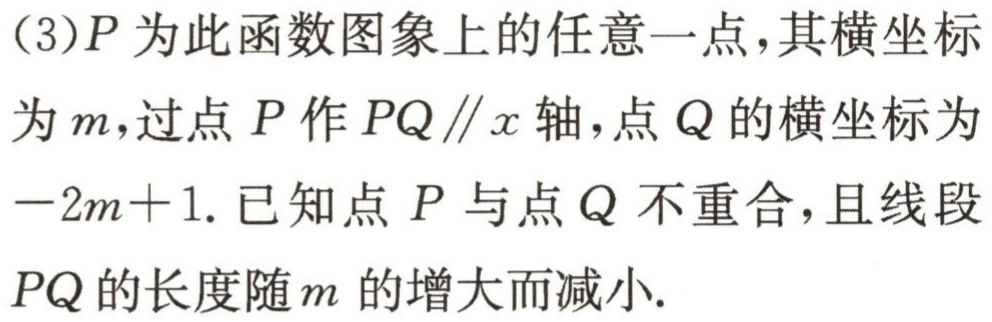
(3)$P$为此函数图象上的任意一点，其横坐标

为$m$，过点$P$作$PQ\parallel x$轴，点$Q$的横坐标为

$-2m + 1$. 已知点$P$与点$Q$不重合，且线段

$PQ$的长度随$m$的增大而减小.